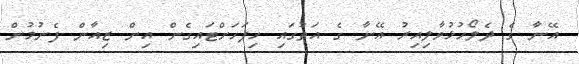
އޭނާ ގެ ދެލޯހުޅުވާލިއިރު އޭނާ ގެ އަތުގައި ހިފަހަށްޓައިގެން އިން ޒިއާން ފެނުމުން